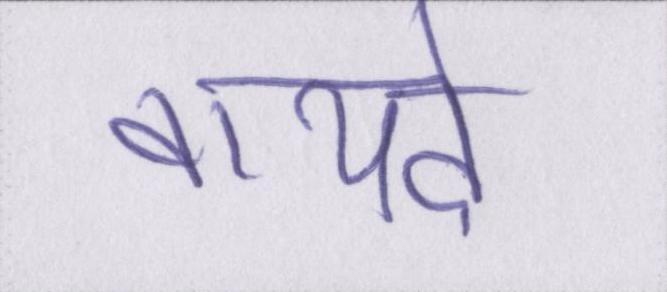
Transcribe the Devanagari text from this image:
वायदे